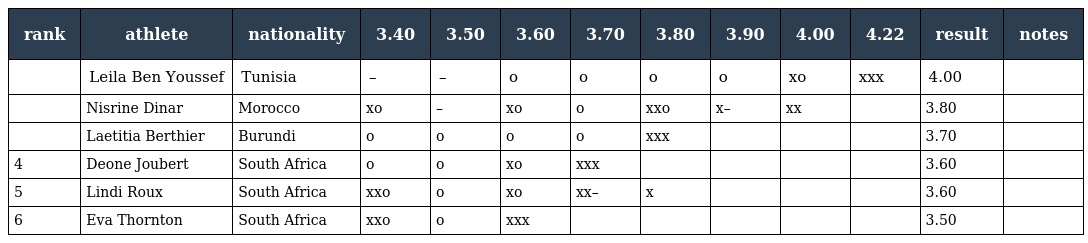
| rank | athlete | nationality | 3.40 | 3.50 | 3.60 | 3.70 | 3.80 | 3.90 | 4.00 | 4.22 | result | notes |
 | --- | --- | --- | --- | --- | --- | --- | --- | --- | --- | --- | --- | --- |
 |  | Leila Ben Youssef | Tunisia | – | – | o | o | o | o | xo | xxx | 4.00 |  |
 |  | Nisrine Dinar | Morocco | xo | – | xo | o | xxo | x– | xx |  | 3.80 |  |
 |  | Laetitia Berthier | Burundi | o | o | o | o | xxx |  |  |  | 3.70 |  |
 | 4 | Deone Joubert | South Africa | o | o | xo | xxx |  |  |  |  | 3.60 |  |
 | 5 | Lindi Roux | South Africa | xxo | o | xo | xx– | x |  |  |  | 3.60 |  |
 | 6 | Eva Thornton | South Africa | xxo | o | xxx |  |  |  |  |  | 3.50 |  |